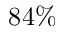
8 4 \%